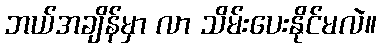
ဘယ်အချိန်မှာ လာ သိမ်းပေးနိုင်မလဲ။